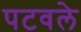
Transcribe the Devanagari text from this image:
पटवले